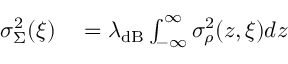
\begin{array} { r l } { \sigma _ { \Sigma } ^ { 2 } ( \boldsymbol { \xi } ) } & { { } = \lambda _ { \mathrm { d B } } \int _ { - \infty } ^ { \infty } \sigma _ { \rho } ^ { 2 } ( z , \boldsymbol { \xi } ) d z } \end{array}